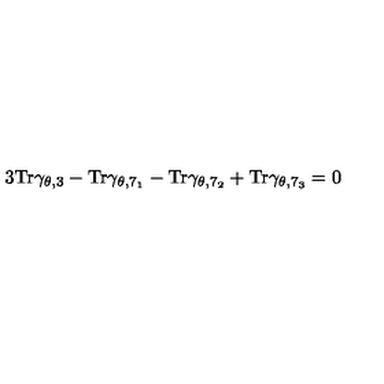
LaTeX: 3 \mathrm { T r } \gamma _ { \theta , 3 } - \mathrm { T r } \gamma _ { \theta , 7 _ { 1 } } - \mathrm { T r } \gamma _ { \theta , 7 _ { 2 } } + \mathrm { T r } \gamma _ { \theta , 7 _ { 3 } } = 0